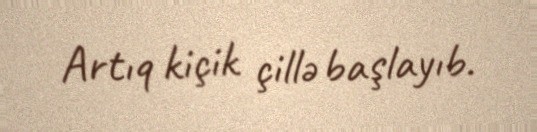
Artıq kiçik çillə başlayıb.